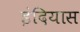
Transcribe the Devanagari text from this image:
इंदियास